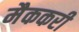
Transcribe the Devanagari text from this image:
मैककरी